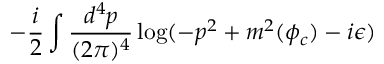
- \frac { i } { 2 } \int \frac { d ^ { 4 } p } { ( 2 \pi ) ^ { 4 } } \log ( - p ^ { 2 } + m ^ { 2 } ( \phi _ { c } ) - i \epsilon )